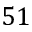
5 1